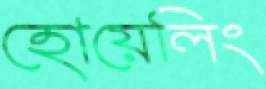
হোয়েলিং